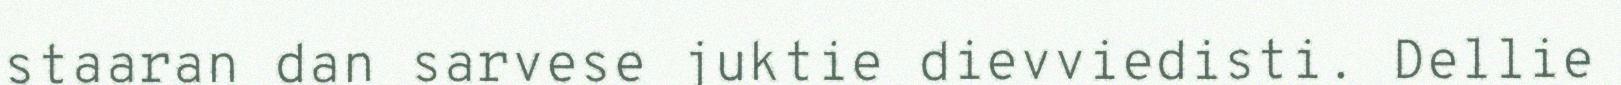
staaran dan sarvese juktie dievviedisti. Dellie